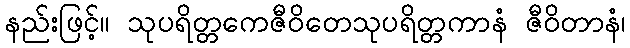
နည်းဖြင့်။ သုပရိတ္တကေဇီဝိတေသုပရိတ္တကာနံ ဇီဝိတာနံ၊